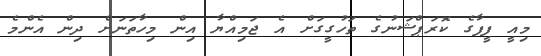
މިއީ ފީފާގެ ކޮރަޕްޝަނުގެ ތަހުގީގަށް އެ ޖަމިއްޔާ އިން މިހާތަނަށް ދިން އެންމެ